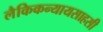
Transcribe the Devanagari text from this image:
लैकिकन्यायसाहसी